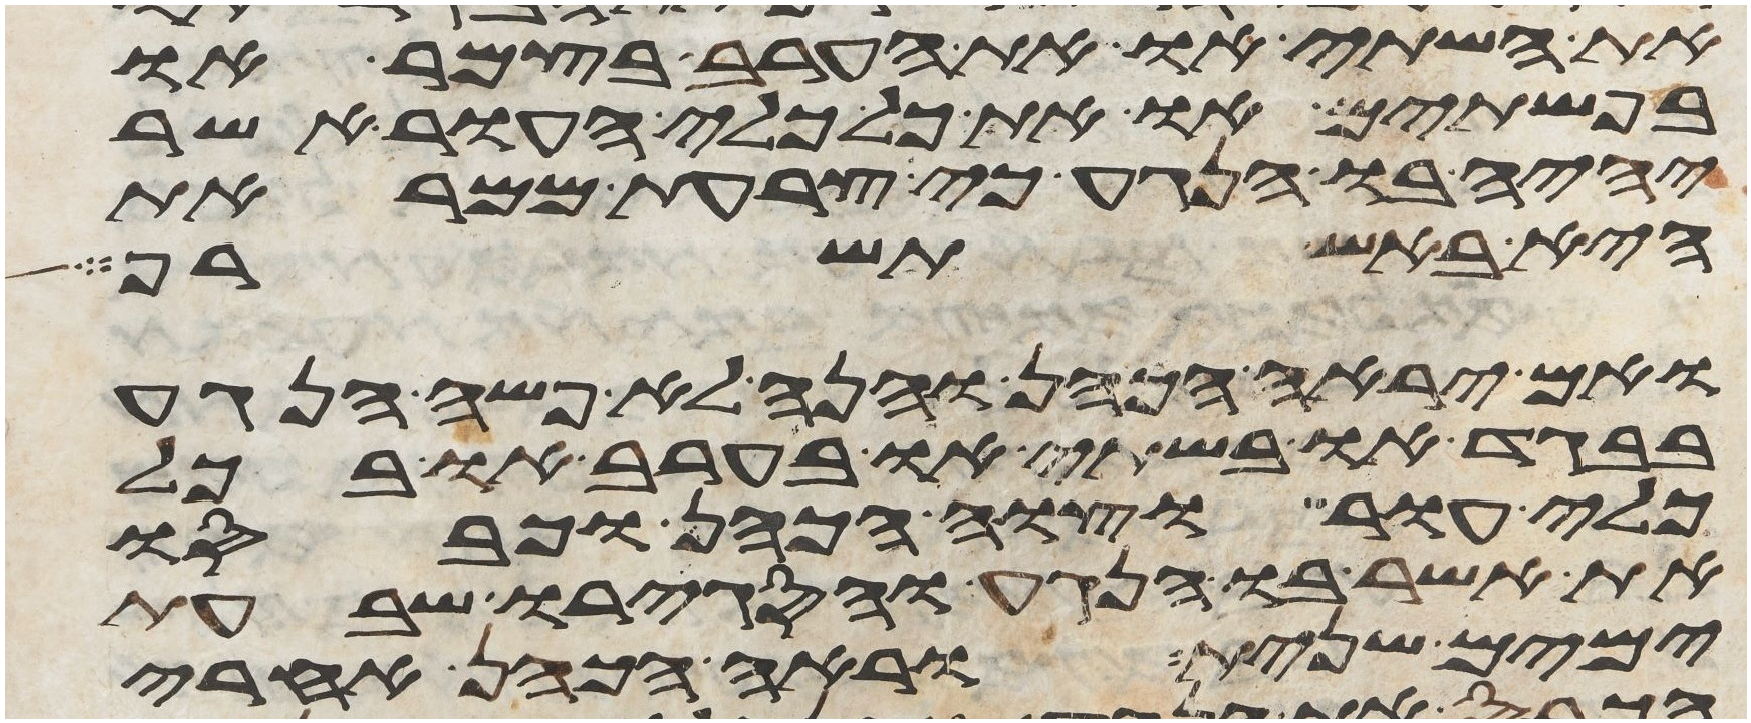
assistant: את השתי או את הערב בצמר או
בפשתים או את כל כלי העור אשר
יהיה בו הנגע כי צרעת ממראת
היא באש תשרף
ואם יראה הכהן והנה לא פשה הנגע
בבגד או בשתי או בערב או בכל
כלי עור וצוה הכהן וכבסו
את אשר בו הנגע והסגירו שבעת
ימים שנית וראה הכהן אחרי